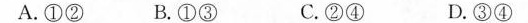
A.①② B.①③ C.②④ D.③④